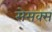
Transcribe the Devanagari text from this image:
सेसक्स